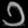
Digit: ၁